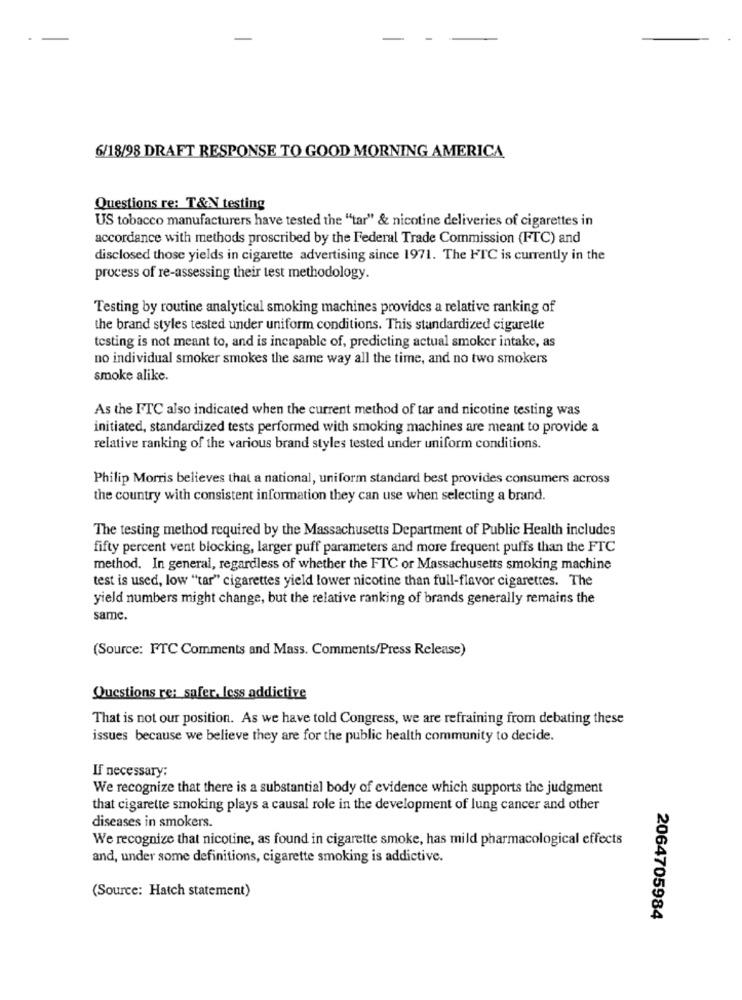
6/18/98 DRAFT RESPONSE TO GOOD MORNING AMERICA
Questions re: T&A testing
US tobacco manufacturers have tested the "tar" & nicotine deliveries of cigarettes in
accordance with methods proscribed by the Federal Trade Commission (FTC) and
disclosed those yields in cigarette advertising since 1971. The HTC is currently in the
process of re-assessing their test methodology.
Testing by routine analytical smoking machines provides a relative ranking of
the brand styles tested under uniform conditions. This standardized cigarette
testing is not meant to, and is incapable of, predicting actual smoker intake, as
no individual smoker smokes the same way all the time, and no two smokers
smoke alike.
As the FTC also indicated when the current method of tar and nicotine testing was
initiated, standardized tests performed with smoking machines are meant to provide a
relative ranking of the various brand styles tested under uniform conditions.
Philip Morris believes that a national, uniform standard best provides consumers across
the country with consistent information they can use when selecting a brand.
The testing method required by the Massachusetts Department of Public Health includes
fifty percent vent blocking, larger puff parameters and more frequent puffs than the FTC
method. In general, regardless of whether the FTC or Massachusetts smoking machine
test is used, low "tar" cigarettes yield lower nicotine than full-flavor cigarettes. The
yield numbers might change, but the relative ranking of brands generally remains the
same.
(Source: FTC Comments and Mass. Comments/Press Release)
Questions re: safer, less addictive
That is not our position. As we have told Congress, we are refraining from debating these
issues because we believe they are for the public health community to decide.
If necessary:
We recognize that there is a substantial body of evidence which supports the judgment
that cigarette smoking plays a causal role in the development of lung cancer and other
diseases in smokers.
We recognize that nicotine, as found in cigarette smoke, has mild pharmacological effects
and, under some definitions, cigarette smoking is addictive.
(Source: Hatch statement)
2064705984